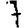
Digit: 7